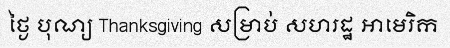
ថ្ងៃ បុណ្យ Thanksgiving សម្រាប់ សហរដ្ឋ អាមេរិក